Annual statistical returns and brief notes on vaccination in Bengal - 1909-1929
Year: 1909
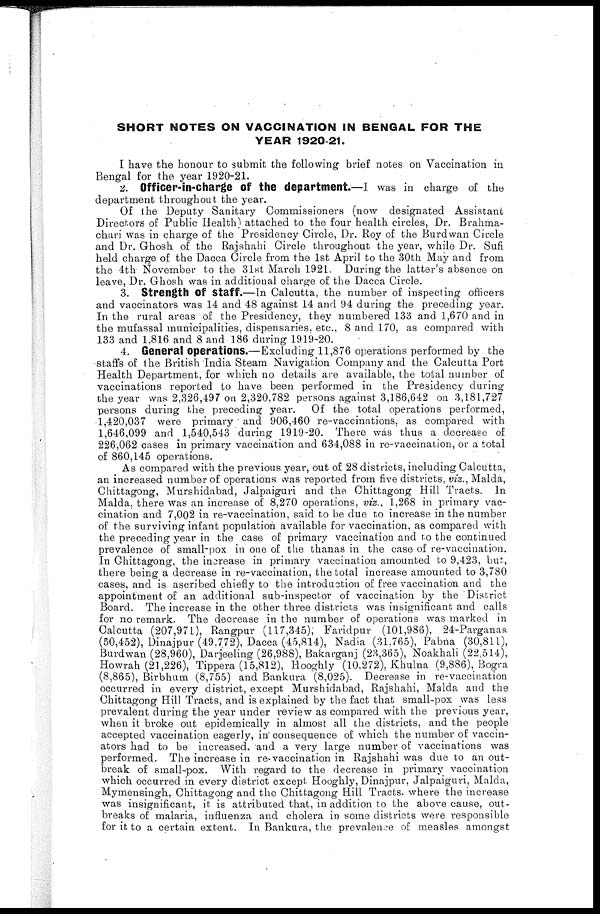
SHORT NOTES ON VACCINATION IN BENGAL FOR THE
YEAR 1920-21.
I have the honour to submit the following brief notes on Vaccination in
Bengal for the year 1920-21.
2. Officer-in-charge of the department.—I was in charge of the
department throughout the year.
Of the Deputy Sanitary Commissioners (now designated Assistant
Directors of Public Health) attached to the four health circles, Dr. Brahma-
chari was in charge of the Presidency Circle, Dr. Roy of the Burdwan Circle
and Dr. Ghosh of the Rajshahi Circle throughout the year, while Dr. Sufi
held charge of the Dacca Circle from the 1st April to the 30th May and from
the 4th November to the 31st March 1921. During the latter's absence on
leave, Dr. Ghosh was in additional charge of the Dacca Circle.
3. Strength of Staff.—In Calcutta, the number of inspecting officers
and vaccinators was 14 and 48 against 14 and 94 during the preceding year.
In the rural areas of the Presidency, they numbered 133 and 1,670 and in
the mufassal municipalities, dispensaries, etc., 8 and 170, as compared with
133 and 1,816 and 8 and 186 during 1919-20.
4. General operations.—Excluding 11,876 operations performed by the
staffs of the British India Steam Navigation Company and the Calcutta Port
Health Department, for which no details are available, the total number of
vaccinations reported to have been performed in the Presidency during
the year was 2,326,497 on 2,320,782 persons against 3,186,642 on 3,181,727
persons during the preceding year. Of the total operations performed,
1,420,037 were primary and 906,460 re-vaccinations, as compared with
1,646,099 and 1,540,543 during 1919-20. There was thus a decrease of
226,062 cases in primary vaccination and 634,088 in re-vaccination, or a total
of 860,145 operations.
As compared with the previous year, out of 28 districts, including Calcutta,
an increased number of operations was reported from five districts, viz., Malda,
Chittagong, Murshidabad, Jalpaiguri and the Chittagong Hill Tracts. In
Malda, there was an increase of 8,270 operations, viz., 1,268 in primary vac-
cination and 7,002 in re-vaccination, said to be due to increase in the number
of the surviving infant population available for vaccination, as compared with
the preceding year in the case of primary vaccination and to the continued
prevalence of small-pox in one of the thanas in the case of re-vaccination.
In Chittagong, the increase in primary vaccination amounted to 9,423, but,
there being a decrease in re-vaccination, the total increase amounted to 3,780
cases, and is ascribed chiefly to the introduction of free vaccination and the
appointment of an additional sub-inspector of vaccination by the District
Board. The increase in the other three districts was insignificant and calls
for no remark. The decrease in the number of operations was marked in
Calcutta (207,971), Rangpur (117,345), Faridpur (101,986), 24-Parganas
(50,452), Dinajpur (49,772), Dacca (45,814), Nadia (31,765), Pabna (30,811),
Burdwan (28,960), Darjeeling (26,988), Bakarganj (23,365), Noakhali (22,514),
Howrah (21,226), Tippera (15,812), Hooghly (10,272), Khulna (9,886), Bogra
(8,865), Birbhum (8,755) and Bankura (8,025). Decrease in re-vaccination
occurred in every district, except Murshidabad, Rajshahi, Malda and the
Chittagong Hill Tracts, and is explained by the fact that small-pox was less
prevalent during the year under review as compared with the previous year,
when it broke out epidemically in almost all the districts, and the people
accepted vaccination eagerly, in consequence of which the number of vaccin-
ators had to be increased, and a very large number of vaccinations was
performed. The increase in re-vaccination in Rajshahi was due to an out-
break of small-pox. With regard to the decrease in primary vaccination
which occurred in every district except Hooghly, Dinajpur, Jalpaiguri, Malda,
Mymensingh, Chittagong and the Chittagong Hill Tracts, where the increase
was insignificant, it is attributed that, in addition to the above cause, out-
breaks of malaria, influenza and cholera in some districts were responsible
for it to a certain extent. In Bankura, the prevalence of measles amongst